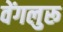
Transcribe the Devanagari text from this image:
वेंगलुरू